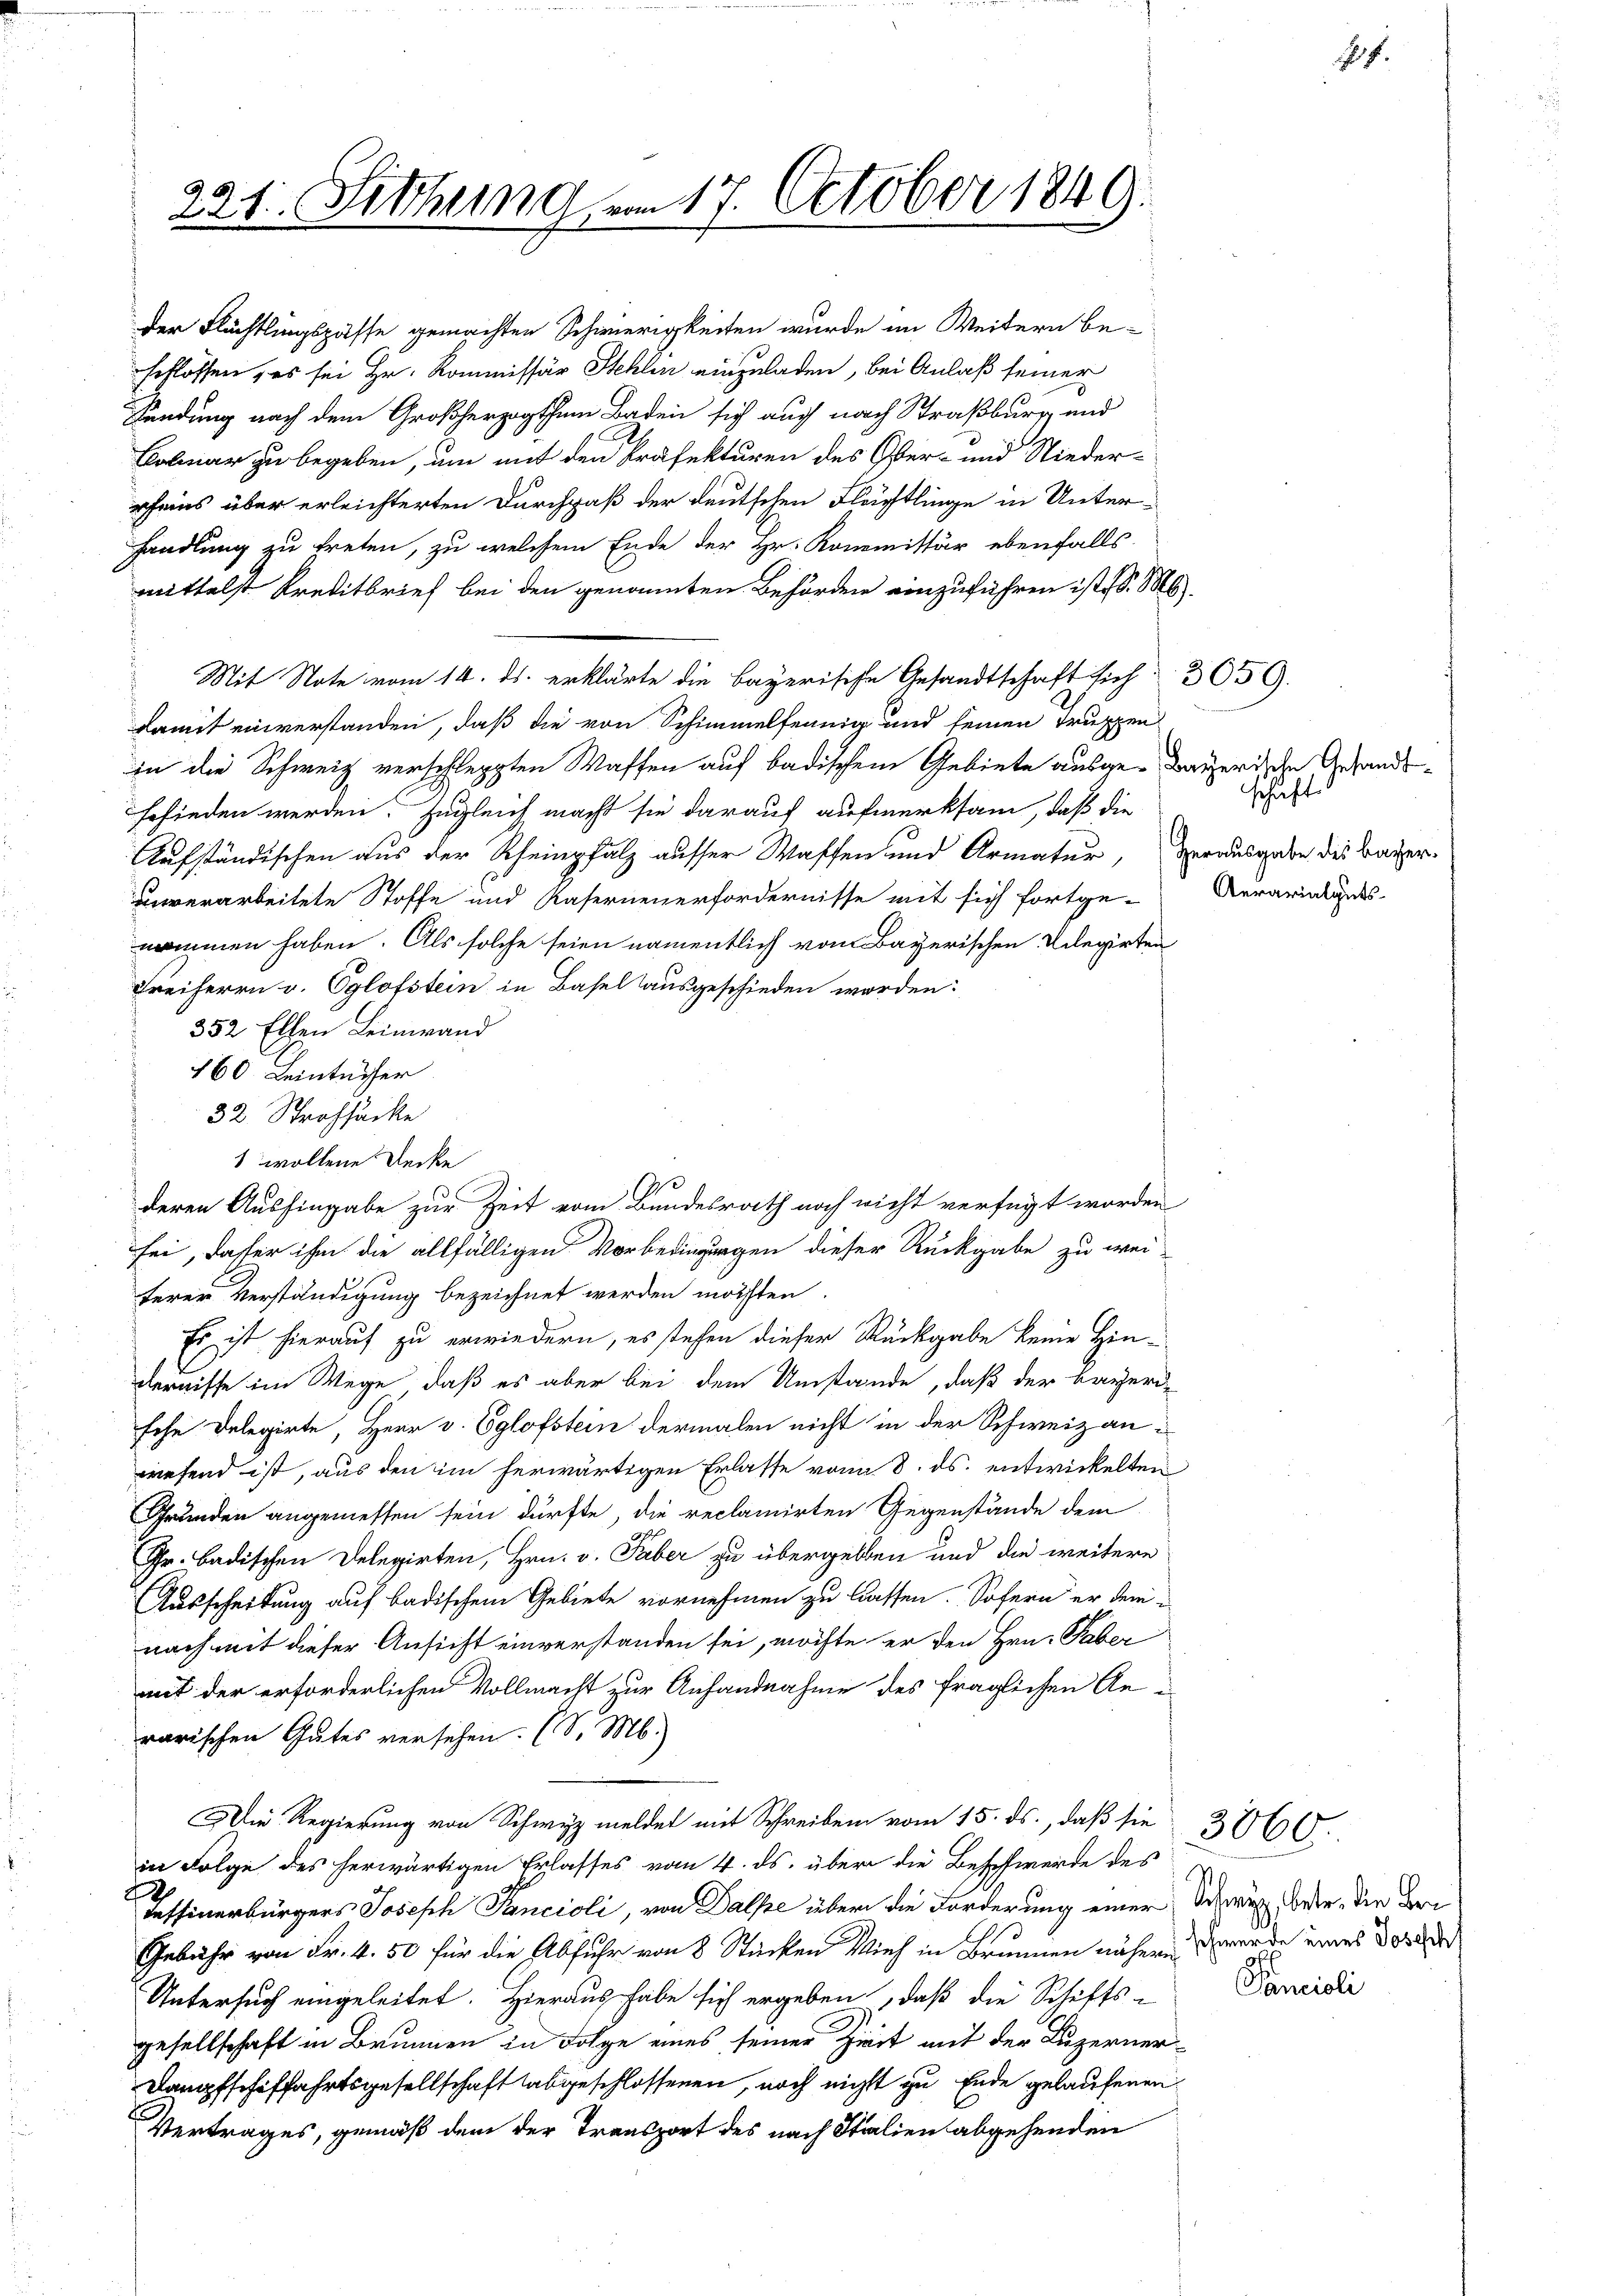
221. Sittlung am 17. October 1849.

Der Flächtlingspasse gemachten Schwierigkeiten wurde im Weitern be-
schlossen, es sei Hr. Kommissär Stehlin einzuladen, bei Anlaß seiner
Sendung nach dem Großherzogthum Baden sich auch nach Straßburg und
Kolmar zu begeben, um mit den Präfekturen des Ober- und Nieder-
rheins über erleichterten Durchpaß der deutschen Flächtlinge in Unter-
handlung zu treten, zu welchem Ende der Hr. Kommittär ebenfalls
mittelst Kreditbrief bei den genannten Behördere einzuführen ist S. 86.
Mit Note vom 14. ds. erklärte die Bayerische Gesandtschaft sich 3059.
damit einverstanden, daß die von Schimmelfennig und keinen Truppen
in die Schweiz verschleppten Waffen auf badischem Gebiete ausge-Bayerische Gesandt¬
Erfinden werden. Zugleich macht sie darauf aufmerksam, daß die
Aufständischen aus der Scheinpfalz ausser Waffen und Armatur, verausgabe die Bayerunverarbeitete Stoffe und Kaserneuerfordernisse mit sich fortge-
nommen haben. Als solche seien namentlich vom Bayerischen Vilegirten
Freiherrn v. Eglofstein in Basel ausgeschieden worden:
352 Ellen Leinwand
160 Leintuiser
32 Strohsäcke
1 wollene Decke
deren Aushingabe zur Zeit vom Bundesrath noch nicht verfügt worden
sei, daher ihm die allfälligen Vorbedingungen dieser Rückgabe zu wei-
ferer Verständigung bezeichnet werden möchten.
Es ist hierauf zu erwiedern, es stehen dieser Rückgabe keine Hin-
dernisse im Wege, daß es aber bei dem Umstände, daß der Bayeri-
sche Delegirte, Herr v. Eglofstein dermalen nicht in der Schweiz anwesend ist, aus den im herwärtigen Erlasse vom 8. ds. entwickelten
Grunden angemessen sein dürfte, die reclamirten Gegenstände dem
Gr. badischen Delegirten, Hrn. v. Faber zu übergeben und die weitere
Ausscheidung auf badischem Gebiete vornehmen zu lassen. Sofern er dem-
nach mit dieser Ansicht einverstanden sei, möchte er den Hrn. Faber
mit der erforderlichen Vollmacht zur Anfandnahme des fraglichen Anrarischen Gutes versehen. (S. M.)
Die Regierung von Schwyz meldet mit Schreiben vom 15. ds., daß sie 3060.
in Folge des herwärtigen Erlasses vom 4. ds. über die Beschwerde des
Tessinerbürgers Joseph Pancioli, von Dalpe über die Forderung einer Schwarz beste, die Bern
Gebühr von Fr. 4. 50 für die Abfuhr von 8 Stücken Vieh in Brunnen nähern werde eines 3000 de
Untersuch eingeleitet. Hieraus habe sich ergeben, daß die Schifts-
gesellschaft in Brunnen in Folge eines seiner Zeit mit der Luzerner-
Dampfschiffahrtsgesellschaft abgeschlossenen, noch nicht zu Ende gelaufenen
Vertrages, gemäß dem der Transport des nach Italien abgehenden

schaft
Aerarialguts-

Pamioli

f.